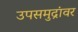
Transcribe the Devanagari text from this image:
उपसमुद्रांवर